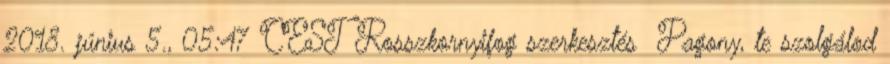
2018. június 5., 05:47 CEST Rosszkornyifog szerkesztés Pagony, te szolgálod